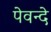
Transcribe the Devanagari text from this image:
पेवन्दे